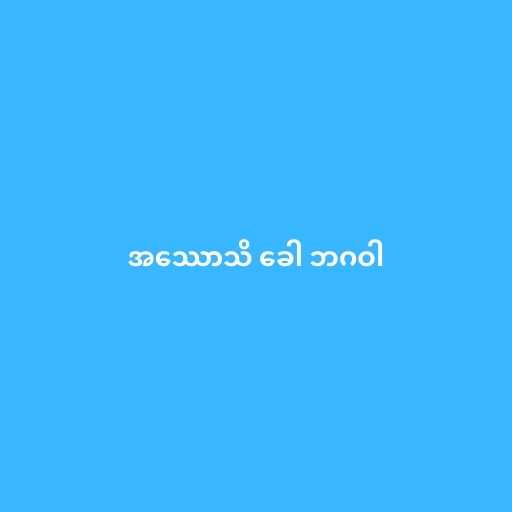
အဿောသိ ခေါ ဘဂဝါ